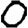
Digit: 0